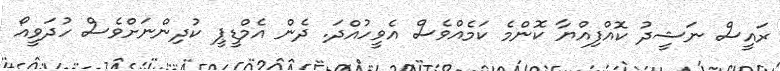
ރައީސް ނަޝީދު ކޮއްފިއްޔާ ކޮންމެ ކަމެއްވެސް އެވީހުއްދަ. ދެން އެމްޑީޕީ ކުދިންނަށްވެސް ހުދަވީއޯ